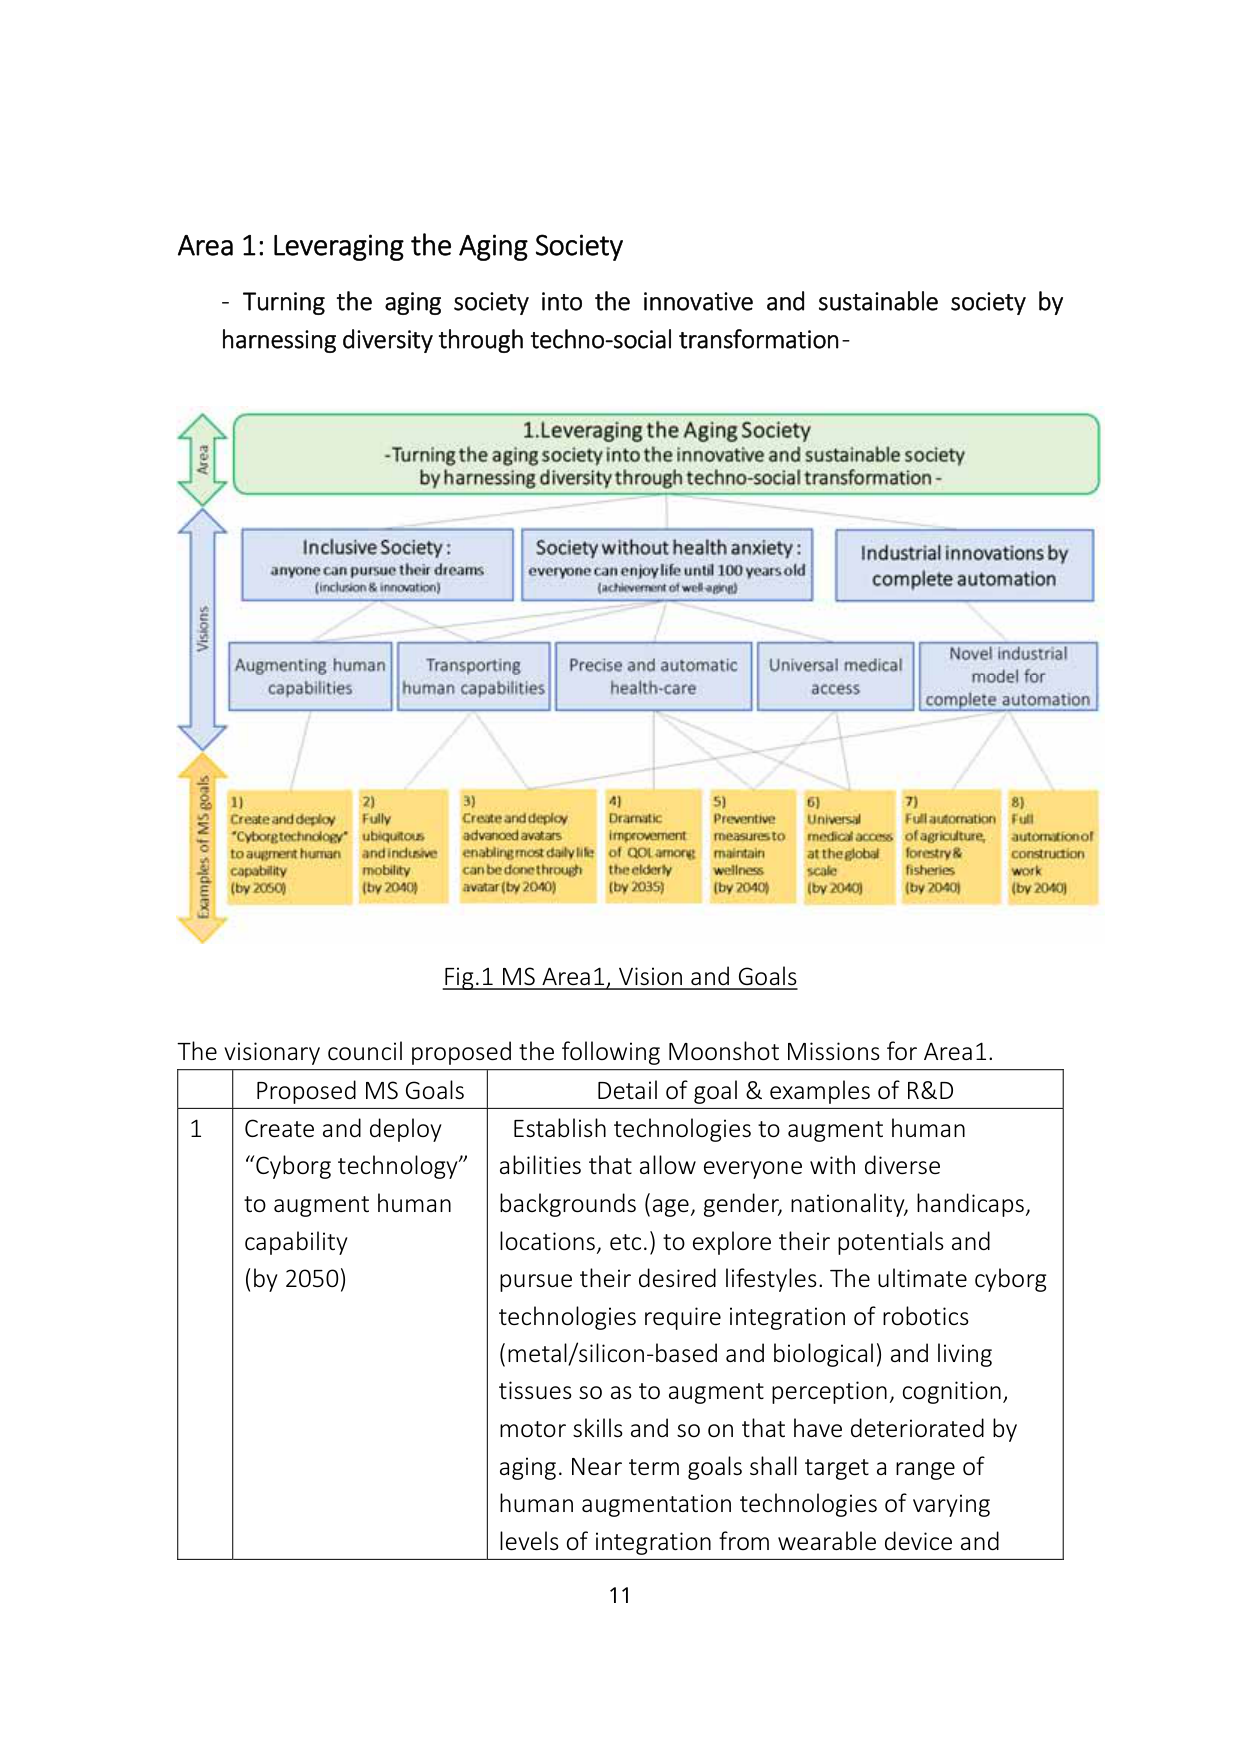
Area 1: Leveraging the Aging Society
- Turning the aging society into the innovative and sustainable society by harnessing diversity through techno-social transformation-

1. Leveraging the Aging Society
- Turning the aging society into the innovative and sustainable society by harnessing diversity through techno-social transformation -

Area
Visions
Examples of MS goals

Inclusive Society : anyone can pursue their dreams (inclusion & innovation)
Society without health anxiety : everyone can enjoy life until 100 years old (achievement of well-aging)
Industrial innovations by complete automation

Augmenting human capabilities
Transporting human capabilities
Precise and automatic health-care
Universal medical access
Novel industrial model for complete automation

1) Create and deploy "Cyborg technology" to augment human capability (by 2050)
2) Fully ubiquitous and inclusive mobility (by 2040)
3) Create and deploy advanced avatars enabling most daily life can be done through avatar (by 2040)
4) Dramatic improvement of QOL among the elderly (by 2035)
5) Preventive measures to maintain wellness (by 2040)
6) Universal medical access at the global scale (by 2040)
7) Full automation of agriculture, forestry & fisheries (by 2040)
8) Full automation of construction work (by 2040)

Fig.1 MS Area1, Vision and Goals

The visionary council proposed the following Moonshot Missions for Area1.

Proposed MS Goals | Detail of goal & examples of R&D
--- | ---
1 | Create and deploy "Cyborg technology" to augment human capability (by 2050) | Establish technologies to augment human abilities that allow everyone with diverse backgrounds (age, gender, nationality, handicaps, locations, etc.) to explore their potentials and pursue their desired lifestyles. The ultimate cyborg technologies require integration of robotics (metal/silicon-based and biological) and living tissues so as to augment perception, cognition, motor skills and so on that have deteriorated by aging. Near term goals shall target a range of human augmentation technologies of varying levels of integration from wearable device and

11